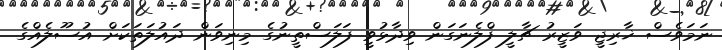
ނަމަވެސް ޚާރިޖީ ވަޒީރު ޗާލީ ފްލެނަގަން ވިދާޅުވީ ފަލަސްތީނުގެ މިނިވަން ދައުލަތަކަށް އުސޫލެއްގެ